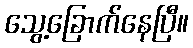
သွေ့ခြောက်နေပြီ။